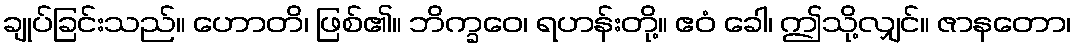
ချုပ်ခြင်းသည်။ ဟောတိ၊ ဖြစ်၏။ ဘိက္ခဝေ၊ ရဟန်းတို့။ ဧဝံ ခေါ၊ ဤသို့လျှင်။ ဇာနတော၊